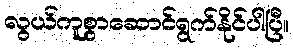
လွယ်ကူစွာဆောင်ရွက်နိုင်ပါပြီ။